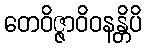
တေဝိဇ္ဇာဝိဝနန္တိပိ